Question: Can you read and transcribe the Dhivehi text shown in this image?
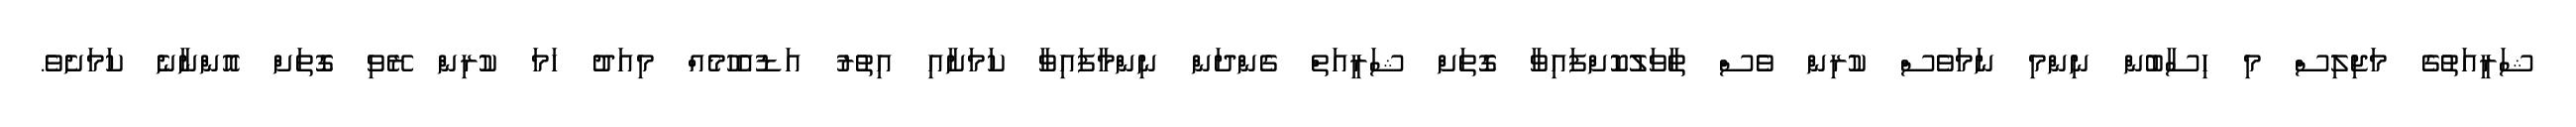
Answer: ޝަރީއަތުގެ މަޖިލިސް މި ހިސާބުން ނިންމި ނަމަވެސް ކުރިން ވެސް ތާވަލުކޮށްފައިވާ ގޮތަށް ޝަރީއަތް ގެންދަން ނިންމާފައިވާ ކަމަށާއި އިތުރު އަޑުއެހުމެއް މިއަދު ހަމަ ކުރިން ރޭވި ގޮތަށް އޮންނާނެ ކަމަށެވެ.